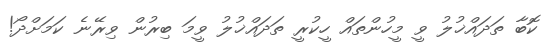
ކޮބާ ތަދައްޚުލު ވީ މީހުންތައް ހީކުރީ ތަދައްޚުލު ވީމަ ބިރުން ވިރޭނެ ކަމަށްދޯ!